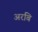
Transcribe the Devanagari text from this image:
अरबि